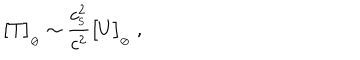
\big [ T \big ] _ { _ { \oslash } } \sim { \frac { c _ { _ \mathrm { S } } ^ { 2 } } { c ^ { 2 } } } \big [ U \big ] _ { _ { \oslash } } \ ,